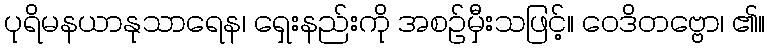
ပုရိမနယာနုသာရေန၊ ရှေးနည်းကို အစဉ်မှီးသဖြင့်။ ဝေဒိတဗ္ဗော၊ ၏။